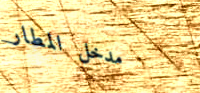
مدخل المطار